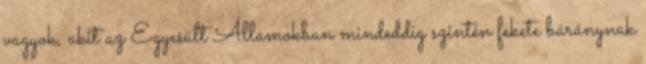
vagyok, akit az Egyesült Államokban mindeddig szintén fekete báránynak